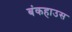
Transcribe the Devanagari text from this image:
बंकहाउस